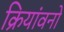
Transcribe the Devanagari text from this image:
क्रियांवनों